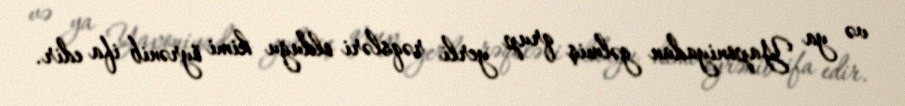
və ya Yaponiyadan gəlmiş qrup yerli rəqsləri olduğu kimi öyrənib ifa edir.